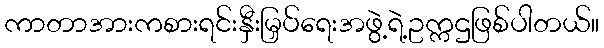
ကာတာအားကစားရင်းနှီးမြှပ်ရေးအဖွဲ့ရဲ့ဥက္ကဌဖြစ်ပါတယ်။